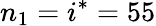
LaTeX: n_{1}=i^{*}=55